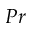
P r